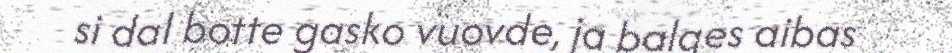
si dal botte gasko vuovde, ja balges aibas